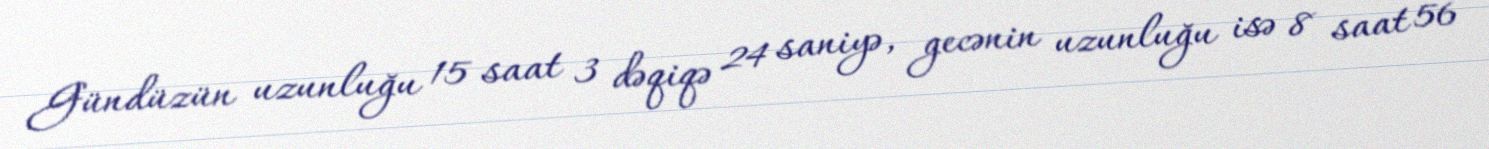
Gündüzün uzunluğu 15 saat 3 dəqiqə 24 saniyə, gecənin uzunluğu isə 8 saat 56